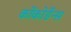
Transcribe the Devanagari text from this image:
कोंकोर्डेन्स